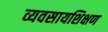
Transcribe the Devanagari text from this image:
व्यवसायशिक्षण